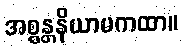
အစ္စန္တနိယာမကထာ။